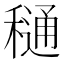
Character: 𮃫